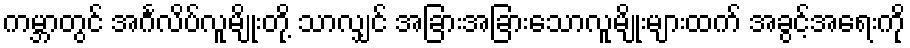
ကမ္ဘာတွင် အင်္ဂလိပ်လူမျိုးတို့ သာလျှင် အခြားအခြားသောလူမျိုးများထက် အခွင့်အရေးကို